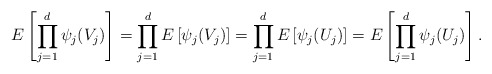
\begin{align*}E\left[ \prod_{j=1}^d\psi_j(V_j)\right]=\prod_{j=1}^dE\left[ \psi_j(V_j)\right]=\prod_{j=1}^dE\left[ \psi_j(U_j)\right]=E\left[ \prod_{j=1}^d\psi_j(U_j)\right].\end{align*}